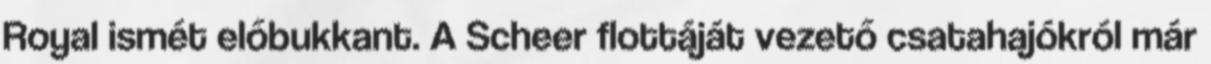
Royal ismét előbukkant. A Scheer flottáját vezető csatahajókról már